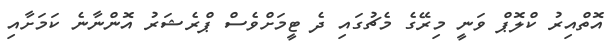
އޮތްއިރު ކްލޮޕް ވަނީ މިރޭގެ މެޗުގައި ދެ ޓީމަށްވެސް ޕްރެޝަރު އޮންނާނެ ކަމަށާއި